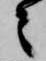
々